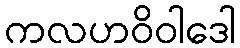
ကလဟဝိဝါဒေါ